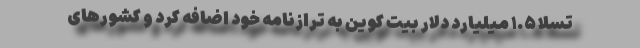
تسلا ۱.۵ میلیارد دلار بیت کوین به ترازنامه خود اضافه کرد و کشورهای